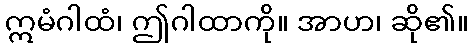
ဣမံဂါထံ၊ ဤဂါထာကို။ အာဟ၊ ဆို၏။